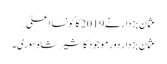
عثمان بزدار نے 2019 کا کونسا اعلیٰ…
عثمان بزدار دور موجود کا شیر شاہ سوری۔